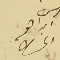
رىس ابراهىم الحىاط